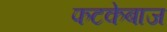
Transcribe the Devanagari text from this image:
फटकेबाज